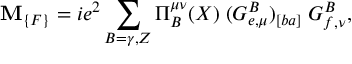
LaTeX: \mathbf { M } _ { \{ F \} } = i e ^ { 2 } \sum _ { B = \gamma , Z } \Pi _ { B } ^ { \mu \nu } ( X ) \; ( G _ { e , \mu } ^ { B } ) _ { [ b a ] } \; G _ { f , \nu } ^ { B } ,